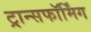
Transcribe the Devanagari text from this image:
ट्रान्सफॉर्मिंग